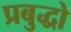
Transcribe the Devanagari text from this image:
प्रबुद्धो